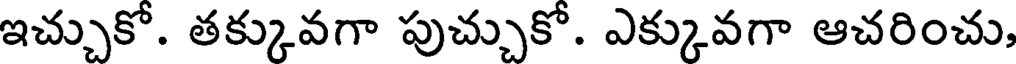
ఇచ్చుకో. తక్కువగా పుచ్చుకో. ఎక్కువగా ఆచరించు,